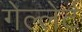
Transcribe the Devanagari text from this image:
गेल्लेर्ट